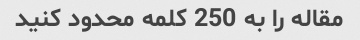
مقاله را به 250 کلمه محدود کنید